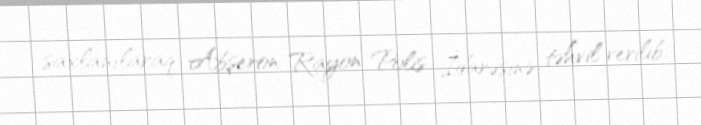
saxlanılaraq Abşeron Rayon Polis İdarəsinə təhvil verilib.